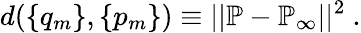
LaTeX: d(\{ q_{m}\} ,\{ p_{m}\} )\equiv||{\mathbb{P}}-{\mathbb{P}_{\infty}}||^{2}\ .